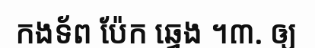
កងទ័ព ប៉ែក ឆ្វេង ។៣. ឲ្យ